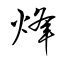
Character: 烽